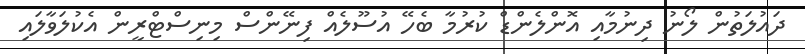
ދައުލަތުން ލޯނު ދިނުމާއި އޮންލެންޑް ކުރުމާ ބެހޭ އުސޫލެއް ފިނޭންސް މިނިސްޓްރީން އެކުލަވާލައި